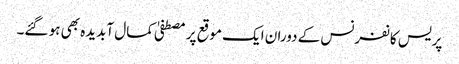
پریس کانفرنس کے دوران ایک موقع پر مصطفیٰ کمال آبدیدہ بھی ہو گئے۔